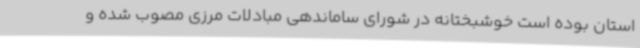
استان بوده است خوشبختانه در شورای ساماندهی مبادلات مرزی مصوب شده و